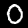
Digit: 0